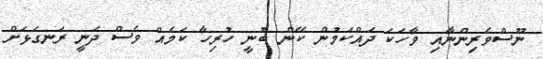
ނޫސްވެރިންނާއި ވާހަކަ ދައްކަމުން ކޭން ބުނީ ހުރިހާ ކަމެއް ވެސް ދަނީ ރަނގަޅަށް